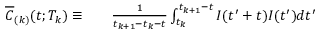
\begin{array} { r l r } { \overline { { C } } _ { ( k ) } ( t ; T _ { k } ) \equiv } & { { } } & { \frac { 1 } { t _ { k + 1 } - t _ { k } - t } \int _ { t _ { k } } ^ { t _ { k + 1 } - t } I ( t ^ { \prime } + t ) I ( t ^ { \prime } ) d t ^ { \prime } } \end{array}